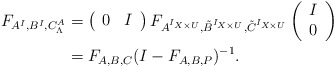
\begin{align*} F_{A^I,B^I,C_\Lambda^A}&=\left( \begin{array}{cc} 0 & I \\ \end{array} \right)F_{A^{I_{X\times U}},\tilde{B}^{I_{X\times U}},\tilde{C}^{I_{X\times U}}}\left( \begin{array}{c} I \\ 0 \\ \end{array} \right)\\ &=F_{A,B,C}(I-F_{A,B,P})^{-1}.\end{align*}